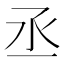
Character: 丞